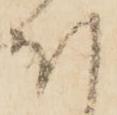
ほ